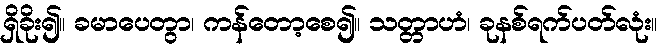
ရှိခိုး၍။ ခမာပေတွာ၊ ကန်တော့စေ၍။ သတ္တာဟံ၊ ခုနစ်ရက်ပတ်လုံး။